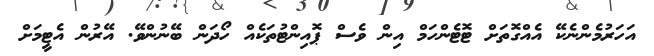
އަހަރުމެންނެކޭ އެއްގޮތަށް ޓޮޓެންހަމް އިން ވެސް ޕޮއިންޓުތަކެއް ހޯދަން ބޭނުންވޭ. އޭރުން އެޓީމަށް